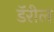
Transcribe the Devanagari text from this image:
डॅरील